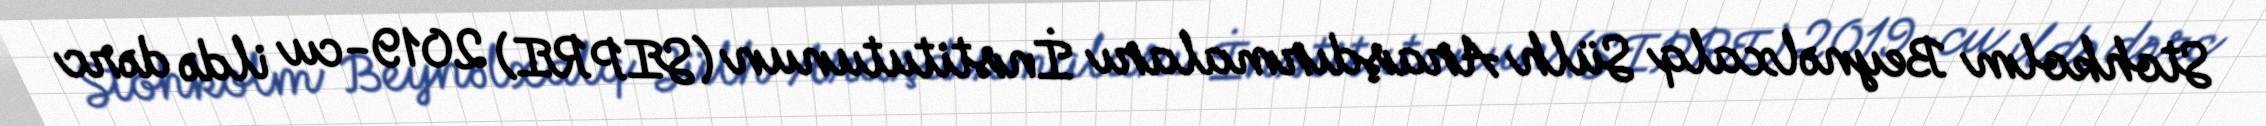
Stohkolm Beynəlxalq Sülh Araşdırmaları İnstitutunun (SIPRI) 2019-cu ildə dərc